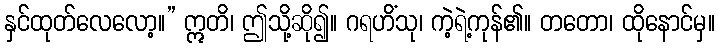
နှင်ထုတ်လေလော့။” ဣတိ၊ ဤသို့ဆို၍။ ဂရဟိံသု၊ ကဲ့ရဲ့ကုန်၏။ တတော၊ ထိုနောင်မှ။